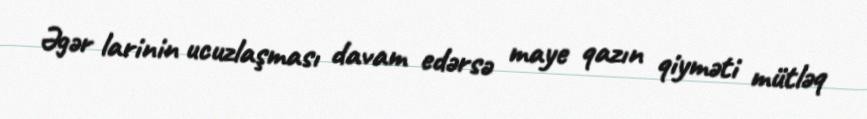
Əgər larinin ucuzlaşması davam edərsə maye qazın qiyməti mütləq